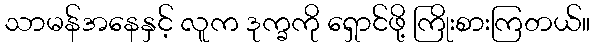
သာမန်အနေနှင့် လူက ဒုက္ခကို ရှောင်ဖို့ ကြိုးစားကြတယ်။